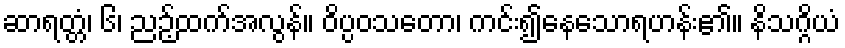
ဆာရတ္တံ၊ ၆၊ ညဉ့်ထက်အလွန်။ ဝိပ္ပဝသတော၊ ကင်း၍နေသောရဟန်း၏။ နိသဂ္ဂိယံ